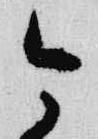
今